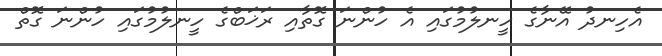
އެހިނދު އޭނާގެ ހީނލުމުގައި އެ ހުންނަ ގޮތާއި ރަޚަބްގެ ހީނލުމުގައި ހުންނަ ގޮތް